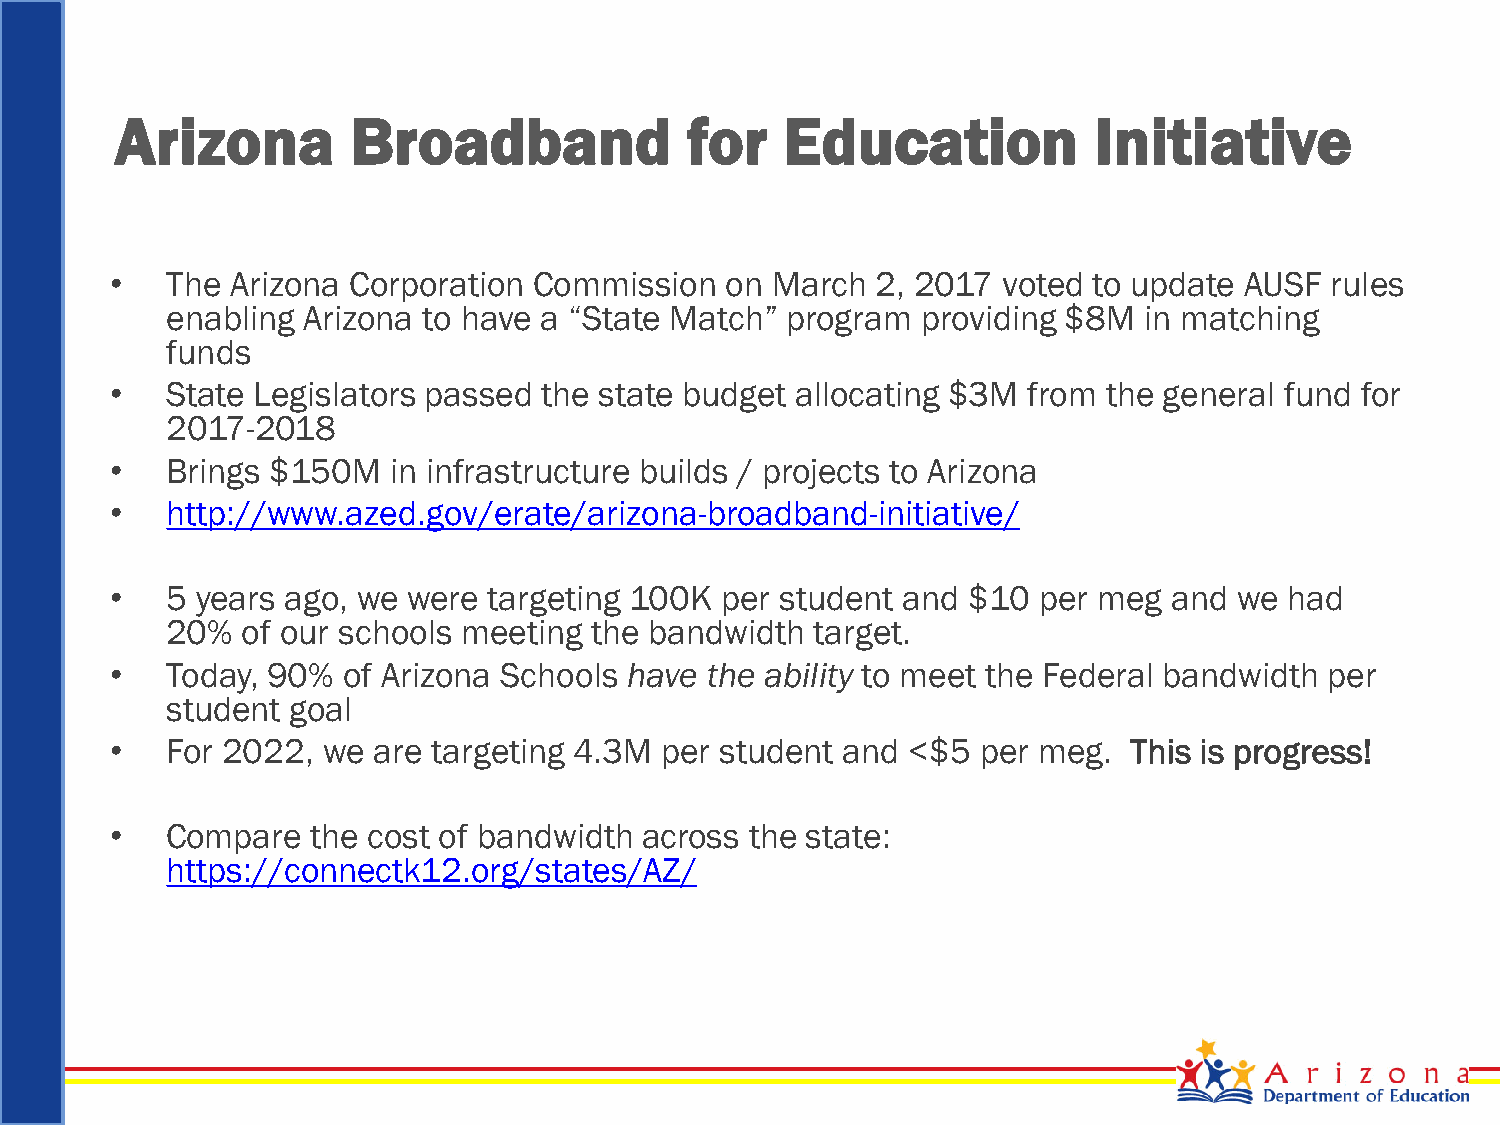
Arizona        Broadband             for    Education           Initiative
 •   The Arizona Corporation Commission   on March  2, 2017 voted to update AUSF  rules
 enabling Arizona to have a “State Match” program  providing $8M  in matching
 funds
 •   State Legislators passed the state budget allocating $3M from the general fund for
 2017-2018
 •   Brings $150M   in infrastructure builds / projects to Arizona
 •   http://www.azed.gov/erate/arizona-broadband-initiative/
 •   5 years ago, we were targeting 100K  per student and $10  per meg  and we had
 20%  of our schools meeting the bandwidth  target.
 •   Today, 90%  of Arizona Schools have the ability to meet the Federal bandwidth per
 student goal
 •   For 2022, we  are targeting 4.3M per student and <$5  per meg.  This is progress!
 •   Compare   the cost of bandwidth across the state:
 https://connectk12.org/states/AZ/